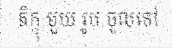
ភិក្ខុ មួយ រូប ចូលទៅ